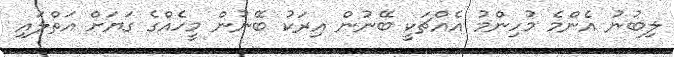
ލިބުނު އެންމެ މުހިންމު އެއްޗަކީ ބޭނުން އިރަކު ބޭނުން މީހެއްގެ ގަޔަށް އަތްލައި